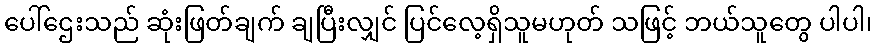
ပေါ်ဌေးသည် ဆုံးဖြတ်ချက် ချပြီးလျှင် ပြင်လေ့ရှိသူမဟုတ် သဖြင့် ဘယ်သူတွေ ပါပါ၊